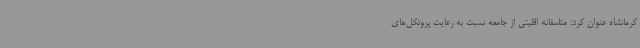
کرمانشاه عنوان کرد: متاسفانه اقلیتی از جامعه نسبت به رعایت پروتکل‌های